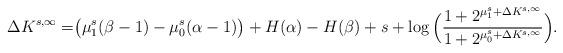
LaTeX: \begin{align*}\Delta{K}^{s,\infty}=&\big(\mu^s_1(\beta-1)-\mu^s_0(\alpha-1)\big)+H(\alpha)-H(\beta)+s+\log\Big(\frac{1+2^{\mu^s_1+\Delta{K}^{s,\infty}}}{1+2^{\mu^s_0+\Delta{K}^{s,\infty}}}\Big).\end{align*}